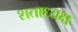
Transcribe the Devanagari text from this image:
शताध्यक्ष